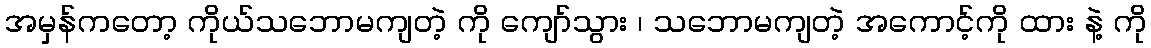
အမှန်ကတော့ ကိုယ်သဘောမကျတဲ့ ကို ကျော်သွား ၊ သဘောမကျတဲ့ အကောင့်ကို ထား နဲ့ ကို